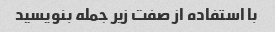
با استفاده از صفت زیر جمله بنویسید